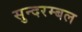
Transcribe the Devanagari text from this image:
सुन्दरम्बल